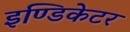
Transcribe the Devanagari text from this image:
इण्डिकेटर